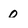
Character: 0